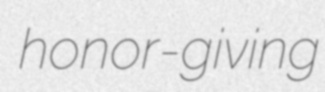
honor-giving